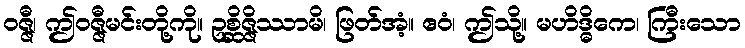
ဝဇ္ဇီ၊ ဤဝဇ္ဇီမင်းတို့ကို။ ဥစ္ဆိဇ္ဇိဿာမိ၊ ဖြတ်အံ့။ ဧဝံ၊ ဤသို့။ မဟိဒ္ဓိကေ၊ ကြီးသော